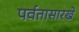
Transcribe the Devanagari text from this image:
पर्वतासारखे